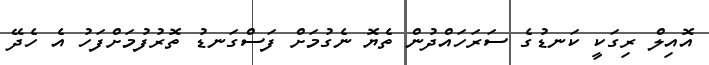
އޮއިލް ރިގަކީ ކަނޑުގެ ސަރަަހައްދުން ތެޔޮ ނެގުމަށް ފަސްގަނޑު ތޮރުފުމަށްފަހު އެ ހެދޭ